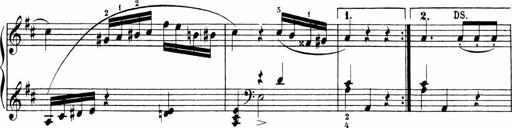
Title: 6 Sonatinas
Composer: Carl Reinecke